65_HS1-834228961_62-HQ-83894_Section_1
Agency: FBI
Page 96
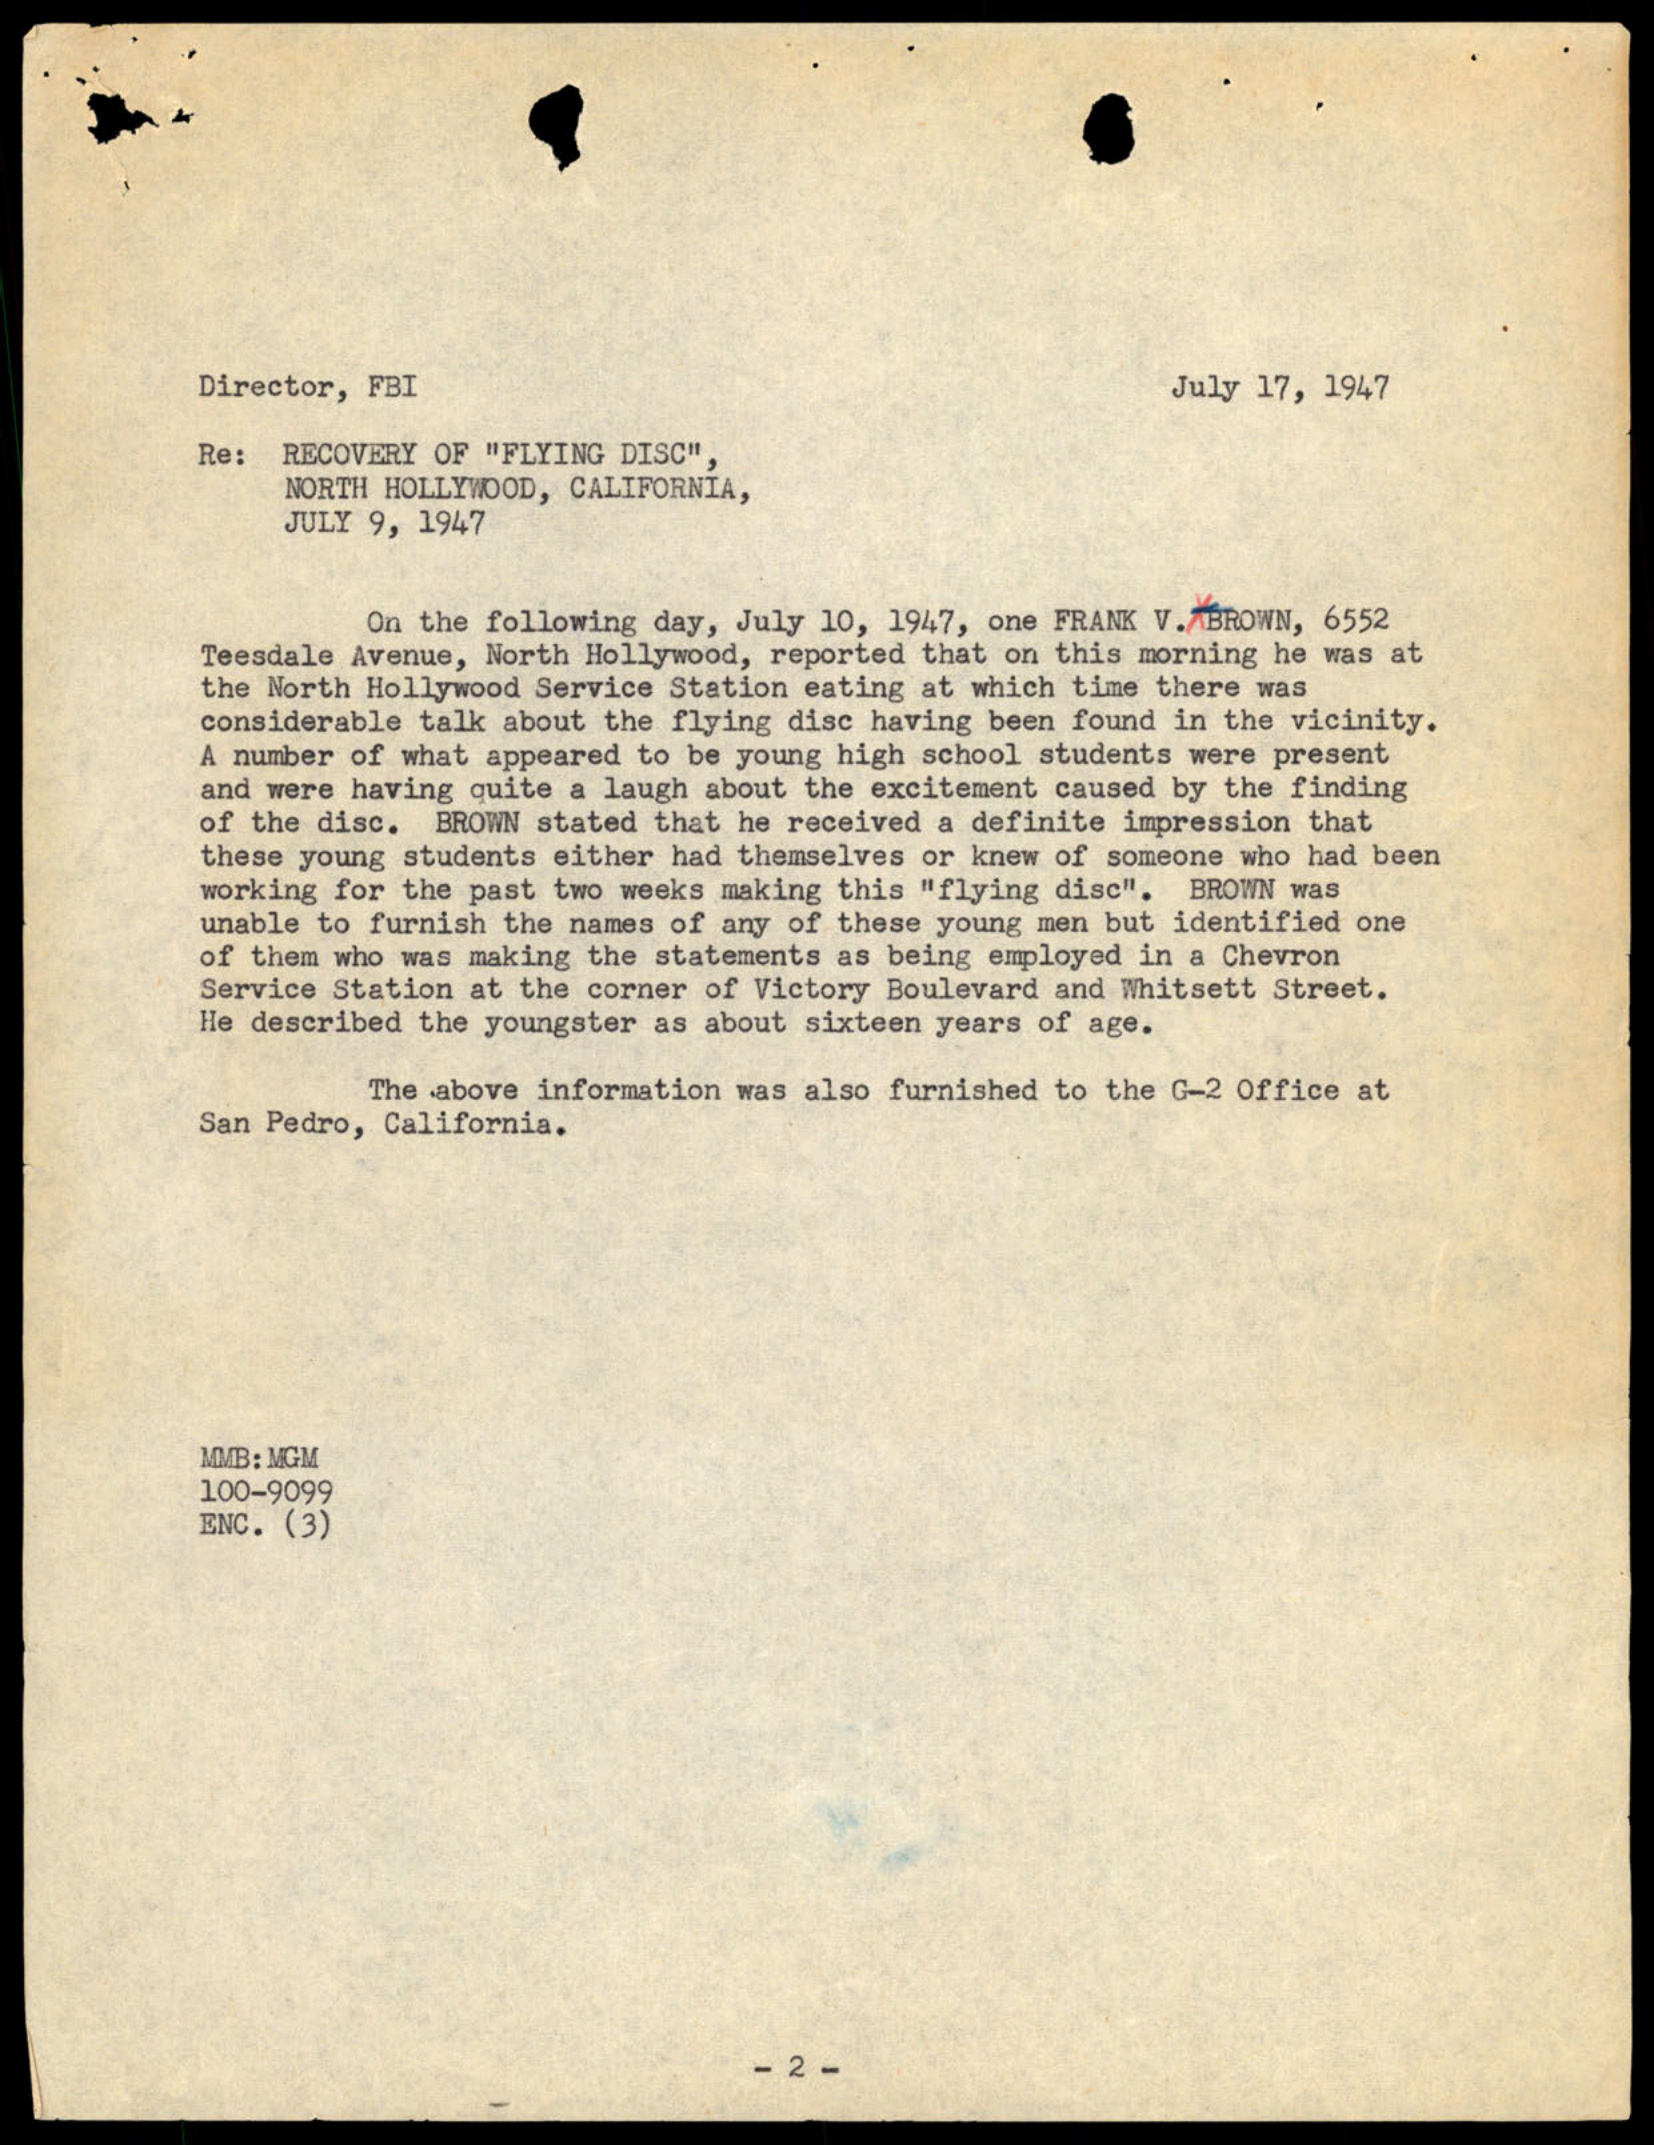